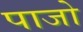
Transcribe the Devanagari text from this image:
पाजो